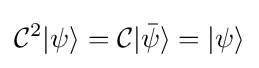
{\mathcal {C}}^{2}|\psi \rangle ={\mathcal {C}}|{\bar {\psi }}\rangle =|\psi \rangle